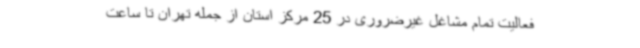
فعالیت تمام مشاغل غیرضروری در 25 مرکز استان از جمله تهران تا ساعت